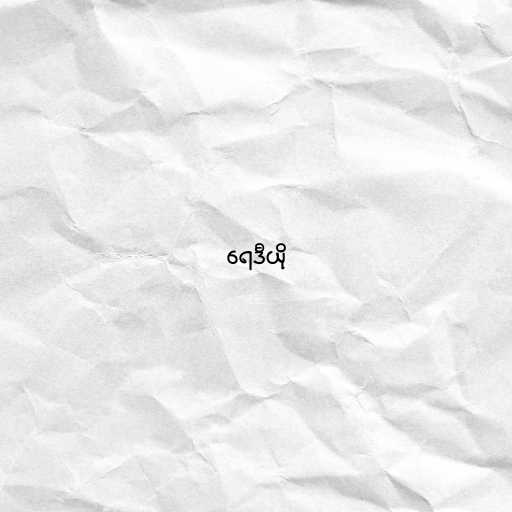
ရေဒီယို